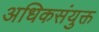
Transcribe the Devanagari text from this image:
अधिकसंयुक्त